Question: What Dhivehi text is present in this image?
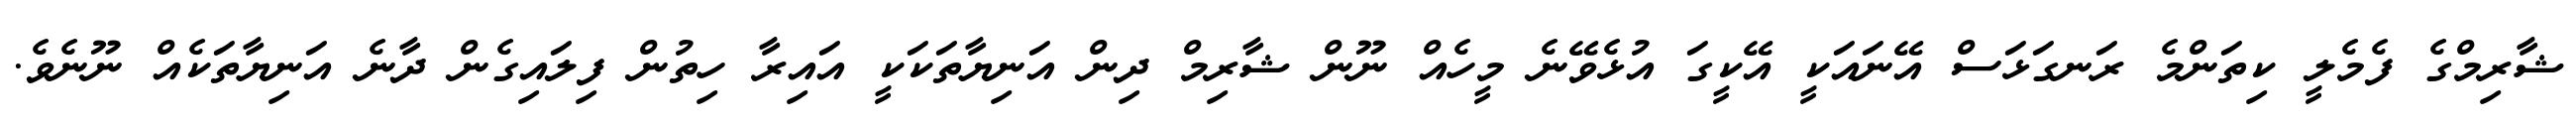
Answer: ޝާރިމްގެ ފެމެލީ ކިތަންމެ ރަނގަޅަސް އޭނައަކީ އޭކީގަ އުޅެވޭނެ މީހެއް ނޫން ޝާރިމް ދިން އަނިޔާތަކަކީ އައިރާ ހިތުން ފިލައިގެން ދާނެ އަނިޔާތަކެއް ނޫނެވެ.